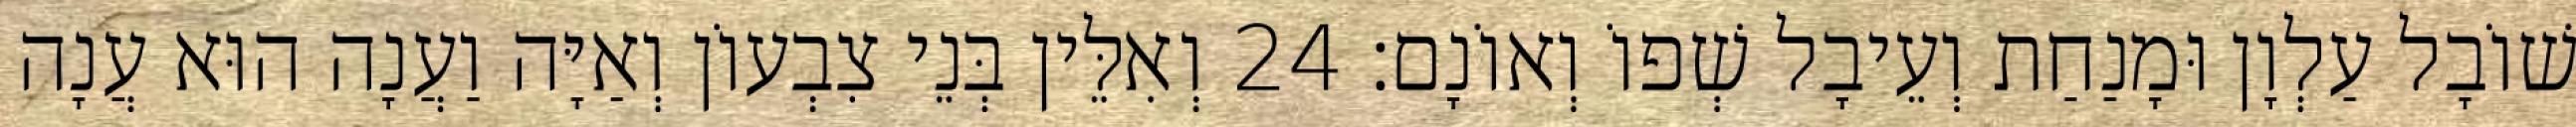
שׁוֹבָל עַלְוָן וּמָנַחַת וְעֵיבָל שְׁפוֹ וְאוֹנָם׃ 24 וְאִלֵּין בְּנֵי צִבְעוֹן וְאַיָּה וַעֲנָה הוּא עֲנָה